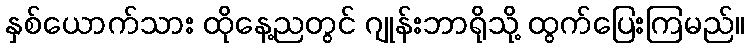
နှစ်ယောက်သား ထိုနေ့ညတွင် ဂျုန်းဘာရိုသို့ ထွက်ပြေးကြမည်။